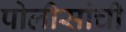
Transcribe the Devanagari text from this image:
पोलीसांची